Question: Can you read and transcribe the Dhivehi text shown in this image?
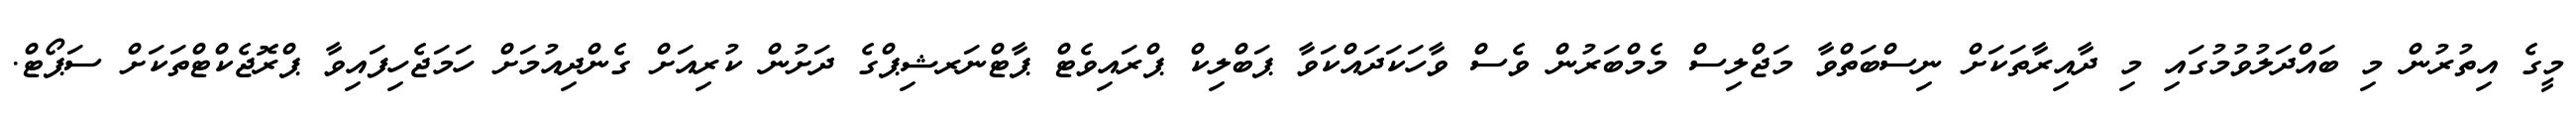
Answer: މީގެ އިތުރުން މި ބައްދަލުވުމުގައި މި ދާއިރާތަކަށް ނިސްބަތްވާ މަޖްލިސް މެމްބަރުން ވެސް ވާހަކަދައްކަވާ ޕަބްލިކް ޕްރައިވެޓް ޕާޓްނަރޝިޕްގެ ދަށުން ކުރިއަށް ގެންދިއުމަށް ހަމަޖެހިފައިވާ ޕްރޮޖެކްޓްތަކަށް ސަޕޯޓް.